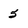
Character: 5